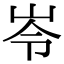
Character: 岺